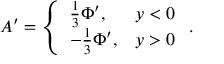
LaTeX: A ^ { \prime } = \left\{ \begin{array} { l l } { { \frac { 1 } { 3 } \Phi ^ { \prime } , } } & { { y < 0 } } \\ { { - \frac { 1 } { 3 } \Phi ^ { \prime } , } } & { { y > 0 } } \end{array} \right. .